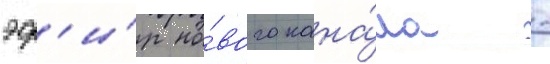
эф'и́р но́вого кана́ла -